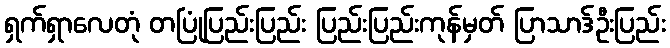
ရှက်ရှာလေတုံ တပြုံပြည်းပြည်း ပြည်းပြည်းကုန်မှတ် ပြာသာဒ်ဦးပြည်း